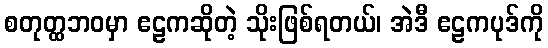
စတုတ္ထဘဝမှာ ဧဠကဆိုတဲ့ သိုးဖြစ်ရတယ်၊ အဲဒီ ဧဠကပုဒ်ကို